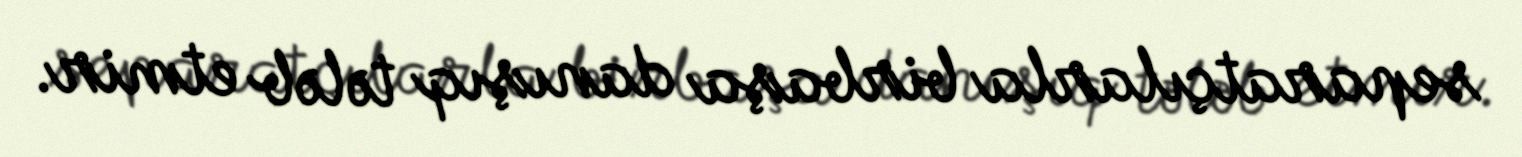
separatçılarla birbaşa danışıq tələb etmir.